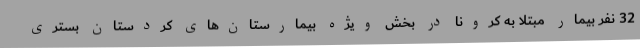
32 نفر بیمار مبتلا به کرونا در بخش ویژه بیمارستان‌های کردستان بستری